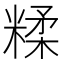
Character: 糅